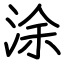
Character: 涂